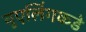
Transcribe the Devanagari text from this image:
वुएलिंगकडे